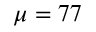
\mu = 7 7